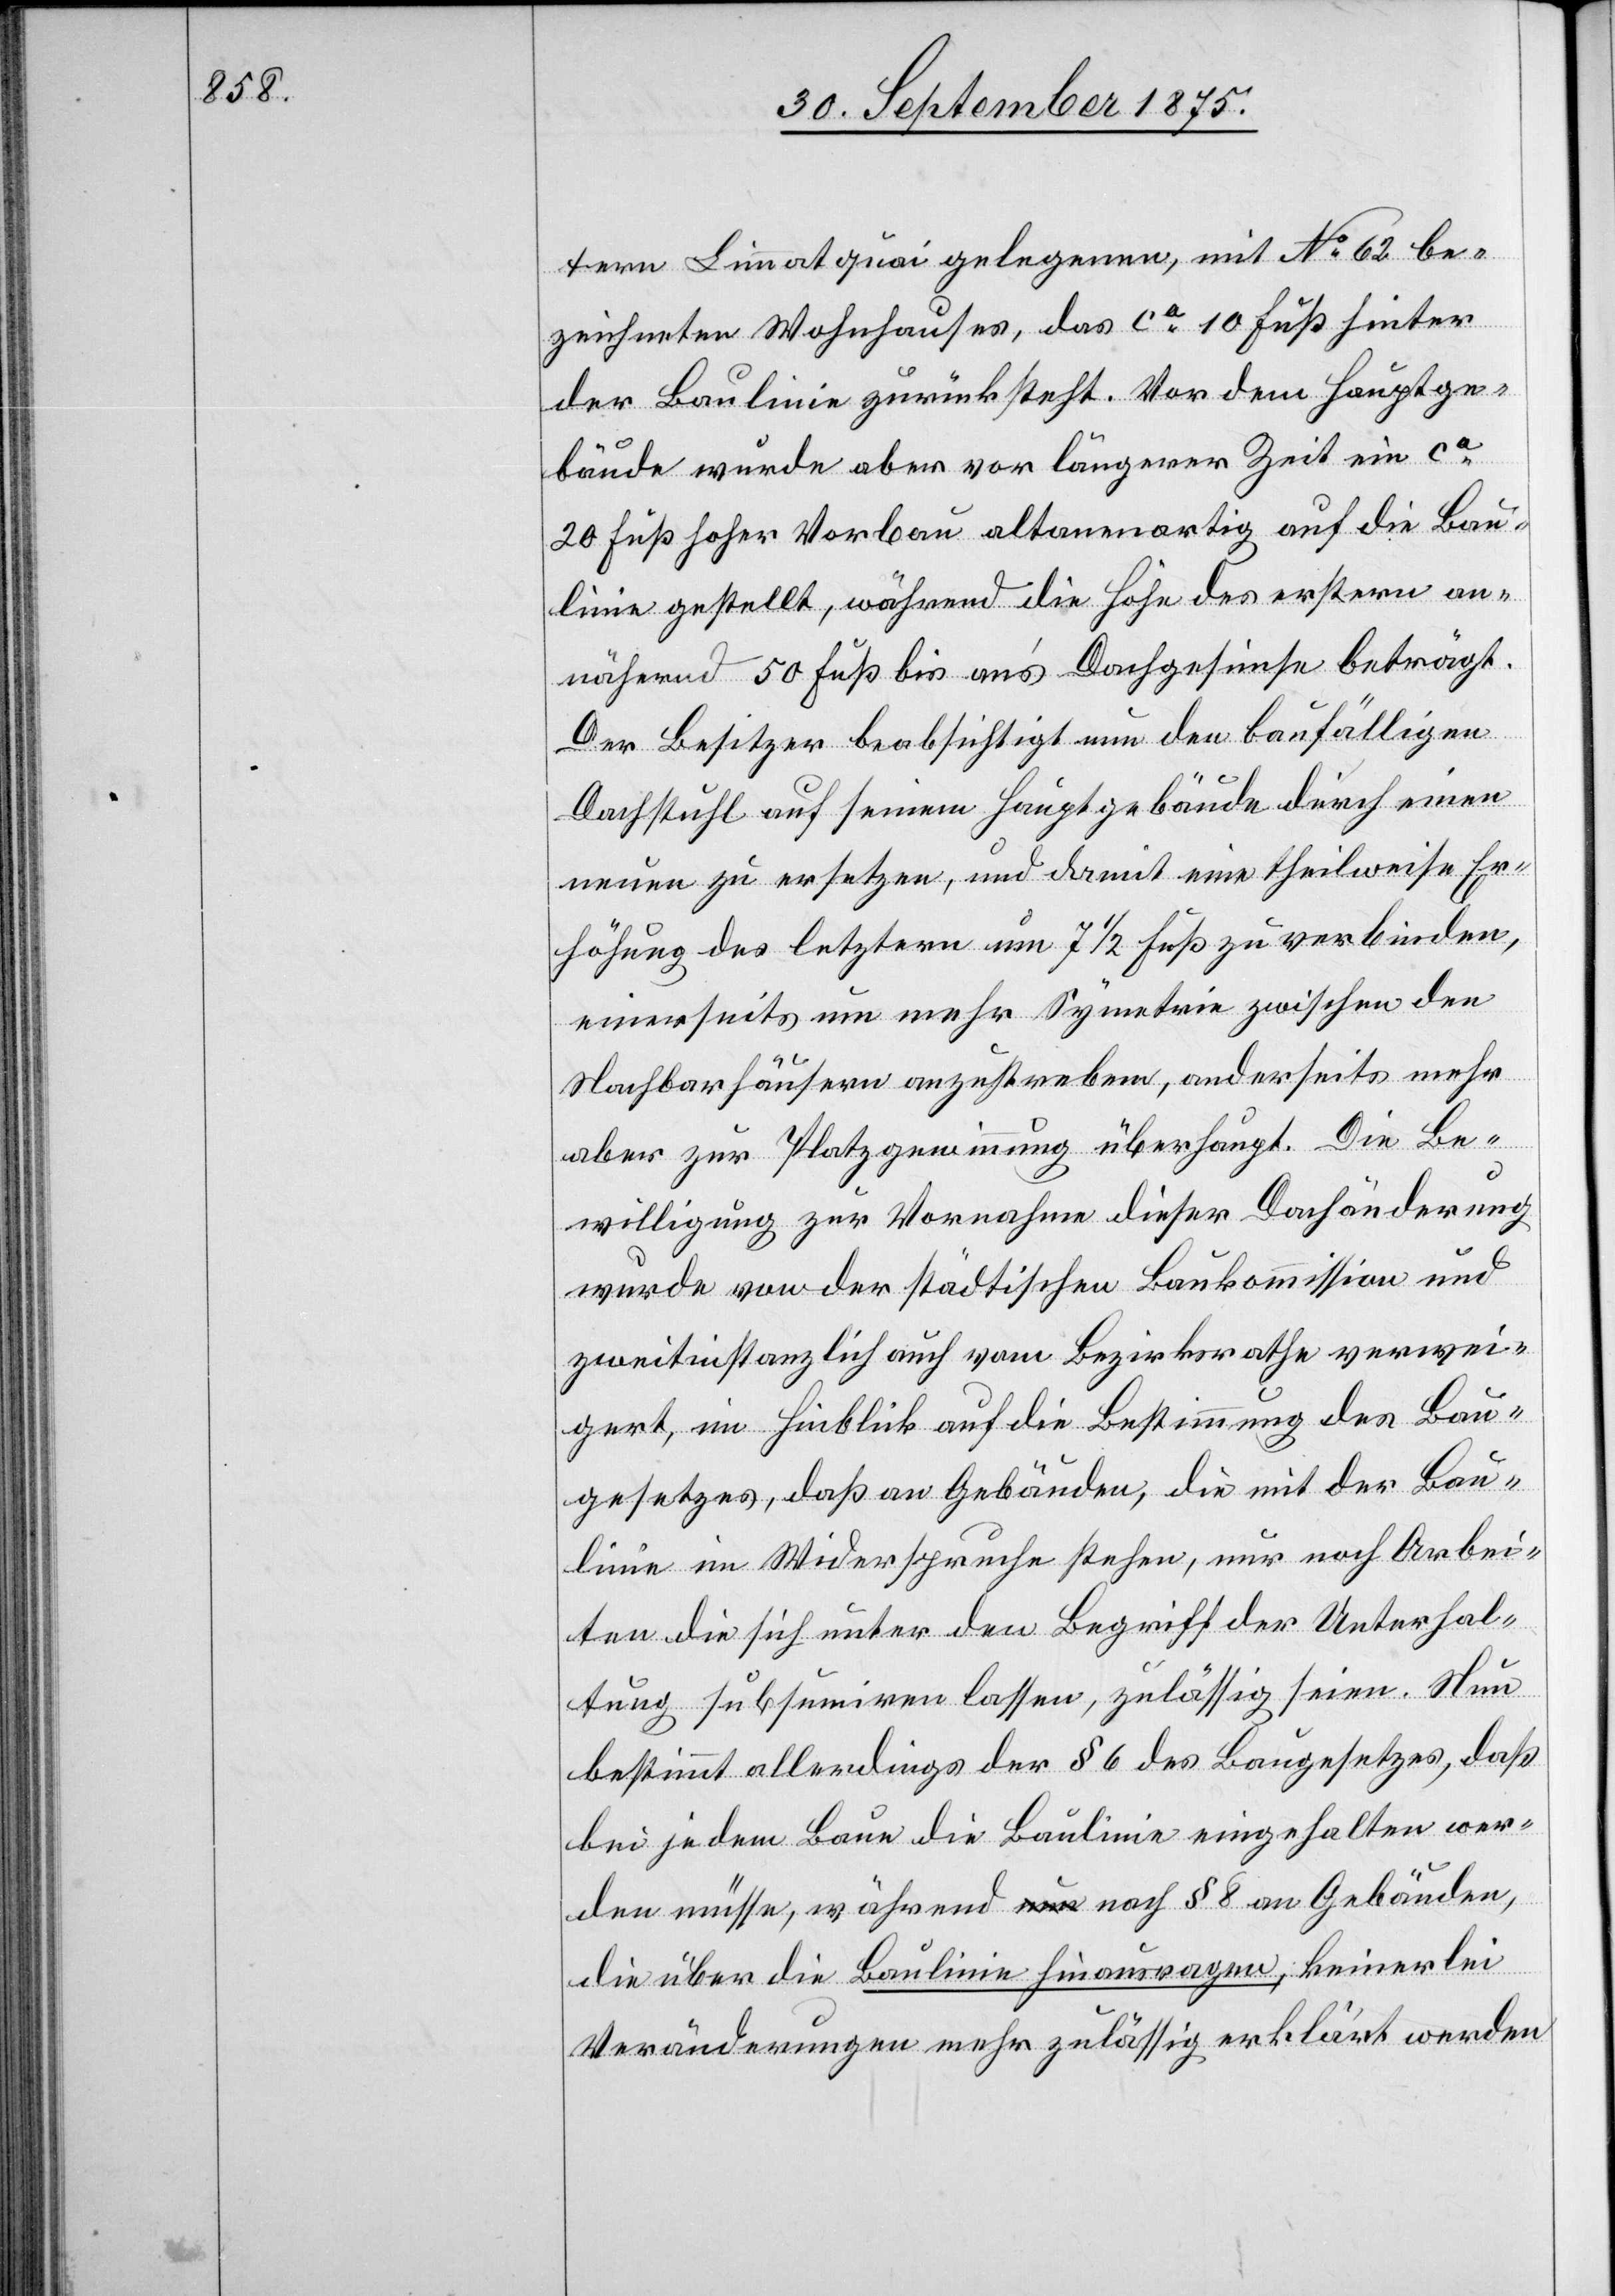
tern Limmatquai gelegenen, mit No 62 be¬
zeichneten Wohnhauses, das ca 10 Fuß hinter
der Baulinie zurücksteht. Vor dem Hauptge¬
bäude wurde aber vor längerer Zeit ein ca
20 Fuß hoher Vorbau altanenartig auf die Bau¬
linie gestellt, während die Höhe des erstern an¬
nähernd 50 Fuß bis an’s Dachgesimse beträgt.
Der Besitzer beabsichtigt nun den baufälligen
Dachstuhl auf seinem Hauptgebäude durch einen
neuen zu ersetzen, und damit eine theilweise Er¬
höhung des letztern um 7 1/2 Fuß zu verbinden,
einerseits um mehr Symetrie zwischen den
Nachbarhäusern anzustreben, anderseits mehr
aber zur Platzgewinnung überhaupt. Die Be¬
willigung zur Vornahme dieser Dachänderung
wurde von der städtischen Baukommission und
zweitinstanzlich auch vom Bezirksrathe verwei¬
gert, im Hinblick auf die Bestimmung des Bau¬
gesetzes, daß an Gebäuden, die mit der Bau¬
linie im Widerspruche stehen, nur noch Arbei¬
ten die sich unter den Begriff der Unterhal¬
tung subsumiren lassen, zulässig seien. Neu
bestimmt allerdings der § 6 des Baugesetzes, daß
bei jedem Baue die Baulinie eingehalten wer¬
den müsse, während nach § 8 an Gebäuden,
die über die Baulinie hinausragen, keinerlei
Veränderungen mehr zulässig erklärt werden